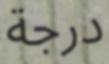
درجة